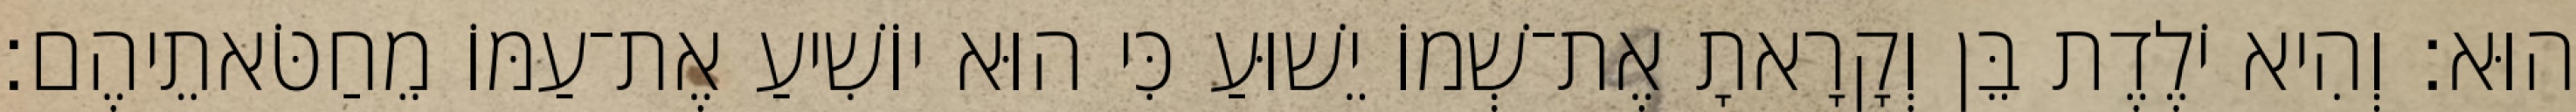
הוּא׃ וְהִיא יֹלֶדֶת בֵּן וְקָרָאתָ אֶת־שְׁמוֹ יֵשׁוּעַ כִּי הוּא יוֹשִׁיעַ אֶת־עַמּוֹ מֵחַטֹּאתֵיהֶם׃